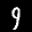
Label: 9